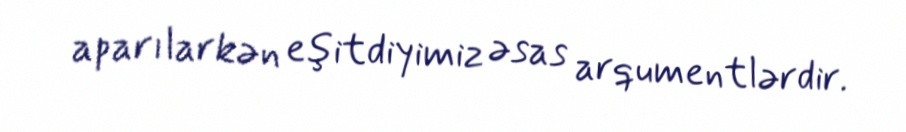
aparılarkən eşitdiyimiz əsas arqumentlərdir.